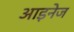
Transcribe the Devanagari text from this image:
आइनेज